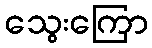
သွေးကြော